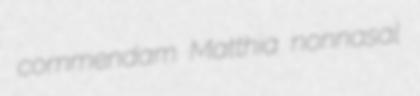
commendam Matthia nonnasal